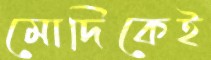
মোদিকেই